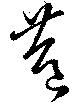
巷